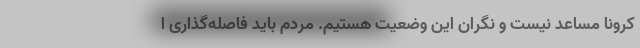
کرونا مساعد نیست و نگران این وضعیت هستیم. مردم باید فاصله‌گذاری ا